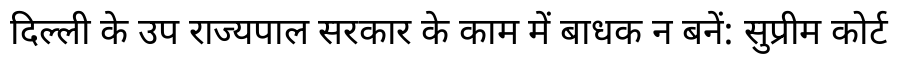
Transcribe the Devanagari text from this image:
दिल्ली के उप राज्यपाल सरकार के काम में बाधक न बनें: सुप्रीम कोर्ट